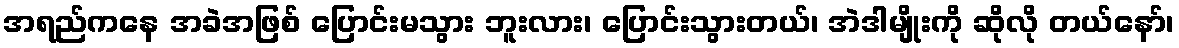
အရည်ကနေ အခဲအဖြစ် ပြောင်းမသွား ဘူးလား၊ ပြောင်းသွားတယ်၊ အဲဒါမျိုးကို ဆိုလို တယ်နော်၊